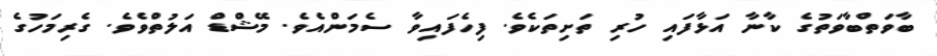
ބާވަތްބާވަތުގެ ކާނާ އަޅާފައި ހުރި ތަށިތަކެވެ. ފިހެފައިވާ ސެމަންއެވެ. މޭޝްޑް އަލުތްވެވެ. ގެރިމަހުގެ